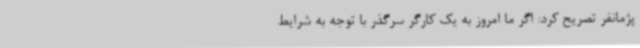
پژمانفر تصریح کرد: اگر ما امروز به یک کارگر سرگذر با توجه به شرایط